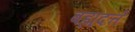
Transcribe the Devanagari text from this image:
बह्मदत्ते